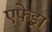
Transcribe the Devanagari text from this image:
एफेड्रा